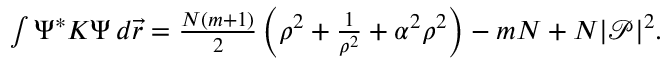
\begin{array} { r } { \int \Psi ^ { * } K \Psi \, d \vec { r } = \frac { N ( m + 1 ) } { 2 } \left( \rho ^ { 2 } + \frac { 1 } { \rho ^ { 2 } } + \alpha ^ { 2 } \rho ^ { 2 } \right) - m N + N | \mathcal { P } | ^ { 2 } . } \end{array}